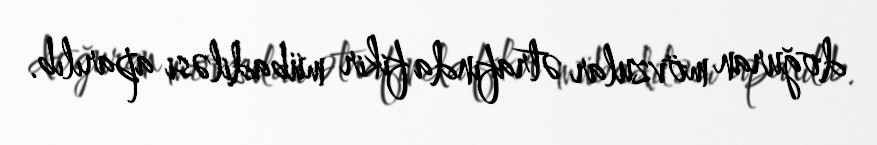
doğuran mövzular ətrafında fikir mübadiləsi aparılıb.